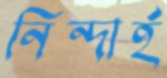
নিন্দার্হ